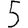
Digit: 5